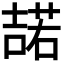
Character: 𭊡